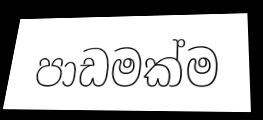
පාඩමක්ම